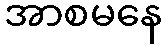
အာစမနေ